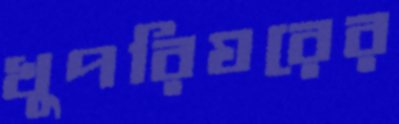
খুপরিঘরের